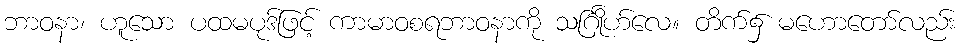
ဘာဝနာ၊ ဟူသော ပထမပုဒ်ဖြင့် ကာမာဝစရဘာဝနာကို သင်္ဂြိုဟ်လေ။ တိက်၌ မဟောတော်လည်း